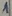
Text: 1